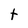
Character: t